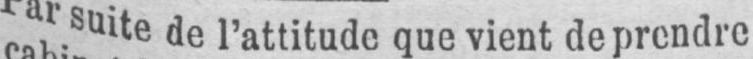
Par suite de l’attitude que vient de prendre